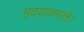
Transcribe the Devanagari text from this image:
हदयकमले।